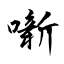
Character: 噺